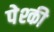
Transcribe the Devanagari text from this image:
पेश्की